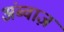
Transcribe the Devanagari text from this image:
अंब्वाज़